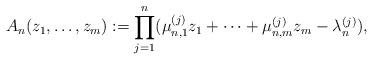
LaTeX: \begin{align*} A_n(z_1,\ldots,z_{m}):=\prod_{j=1}^{n}(\mu_{n,1}^{(j)}z_1+\cdots+\mu_{n,m}^{(j)}z_m-\lambda_n^{(j)}), \end{align*}